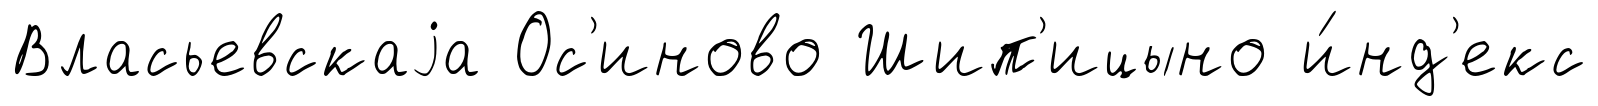
Власьевскаjа Ос'иново Шип'ицыно и́нд'екс